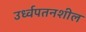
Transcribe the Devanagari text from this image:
उर्ध्वपतनशील